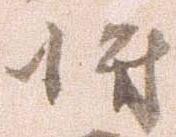
将